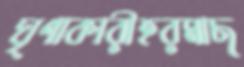
ঘৃণাকারীহরমাছ